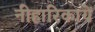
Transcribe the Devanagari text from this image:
नीहारिकायें